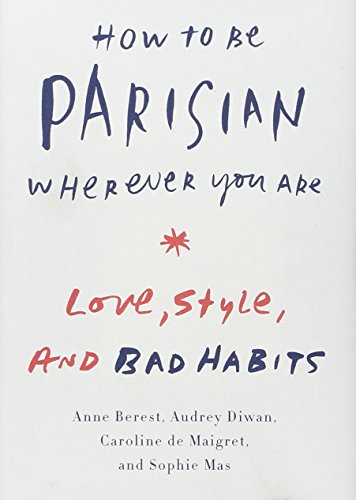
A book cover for How to Be Parisian Wherever You Are: Love, Style, and Bad Habits; Anne Berest; Self-Help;